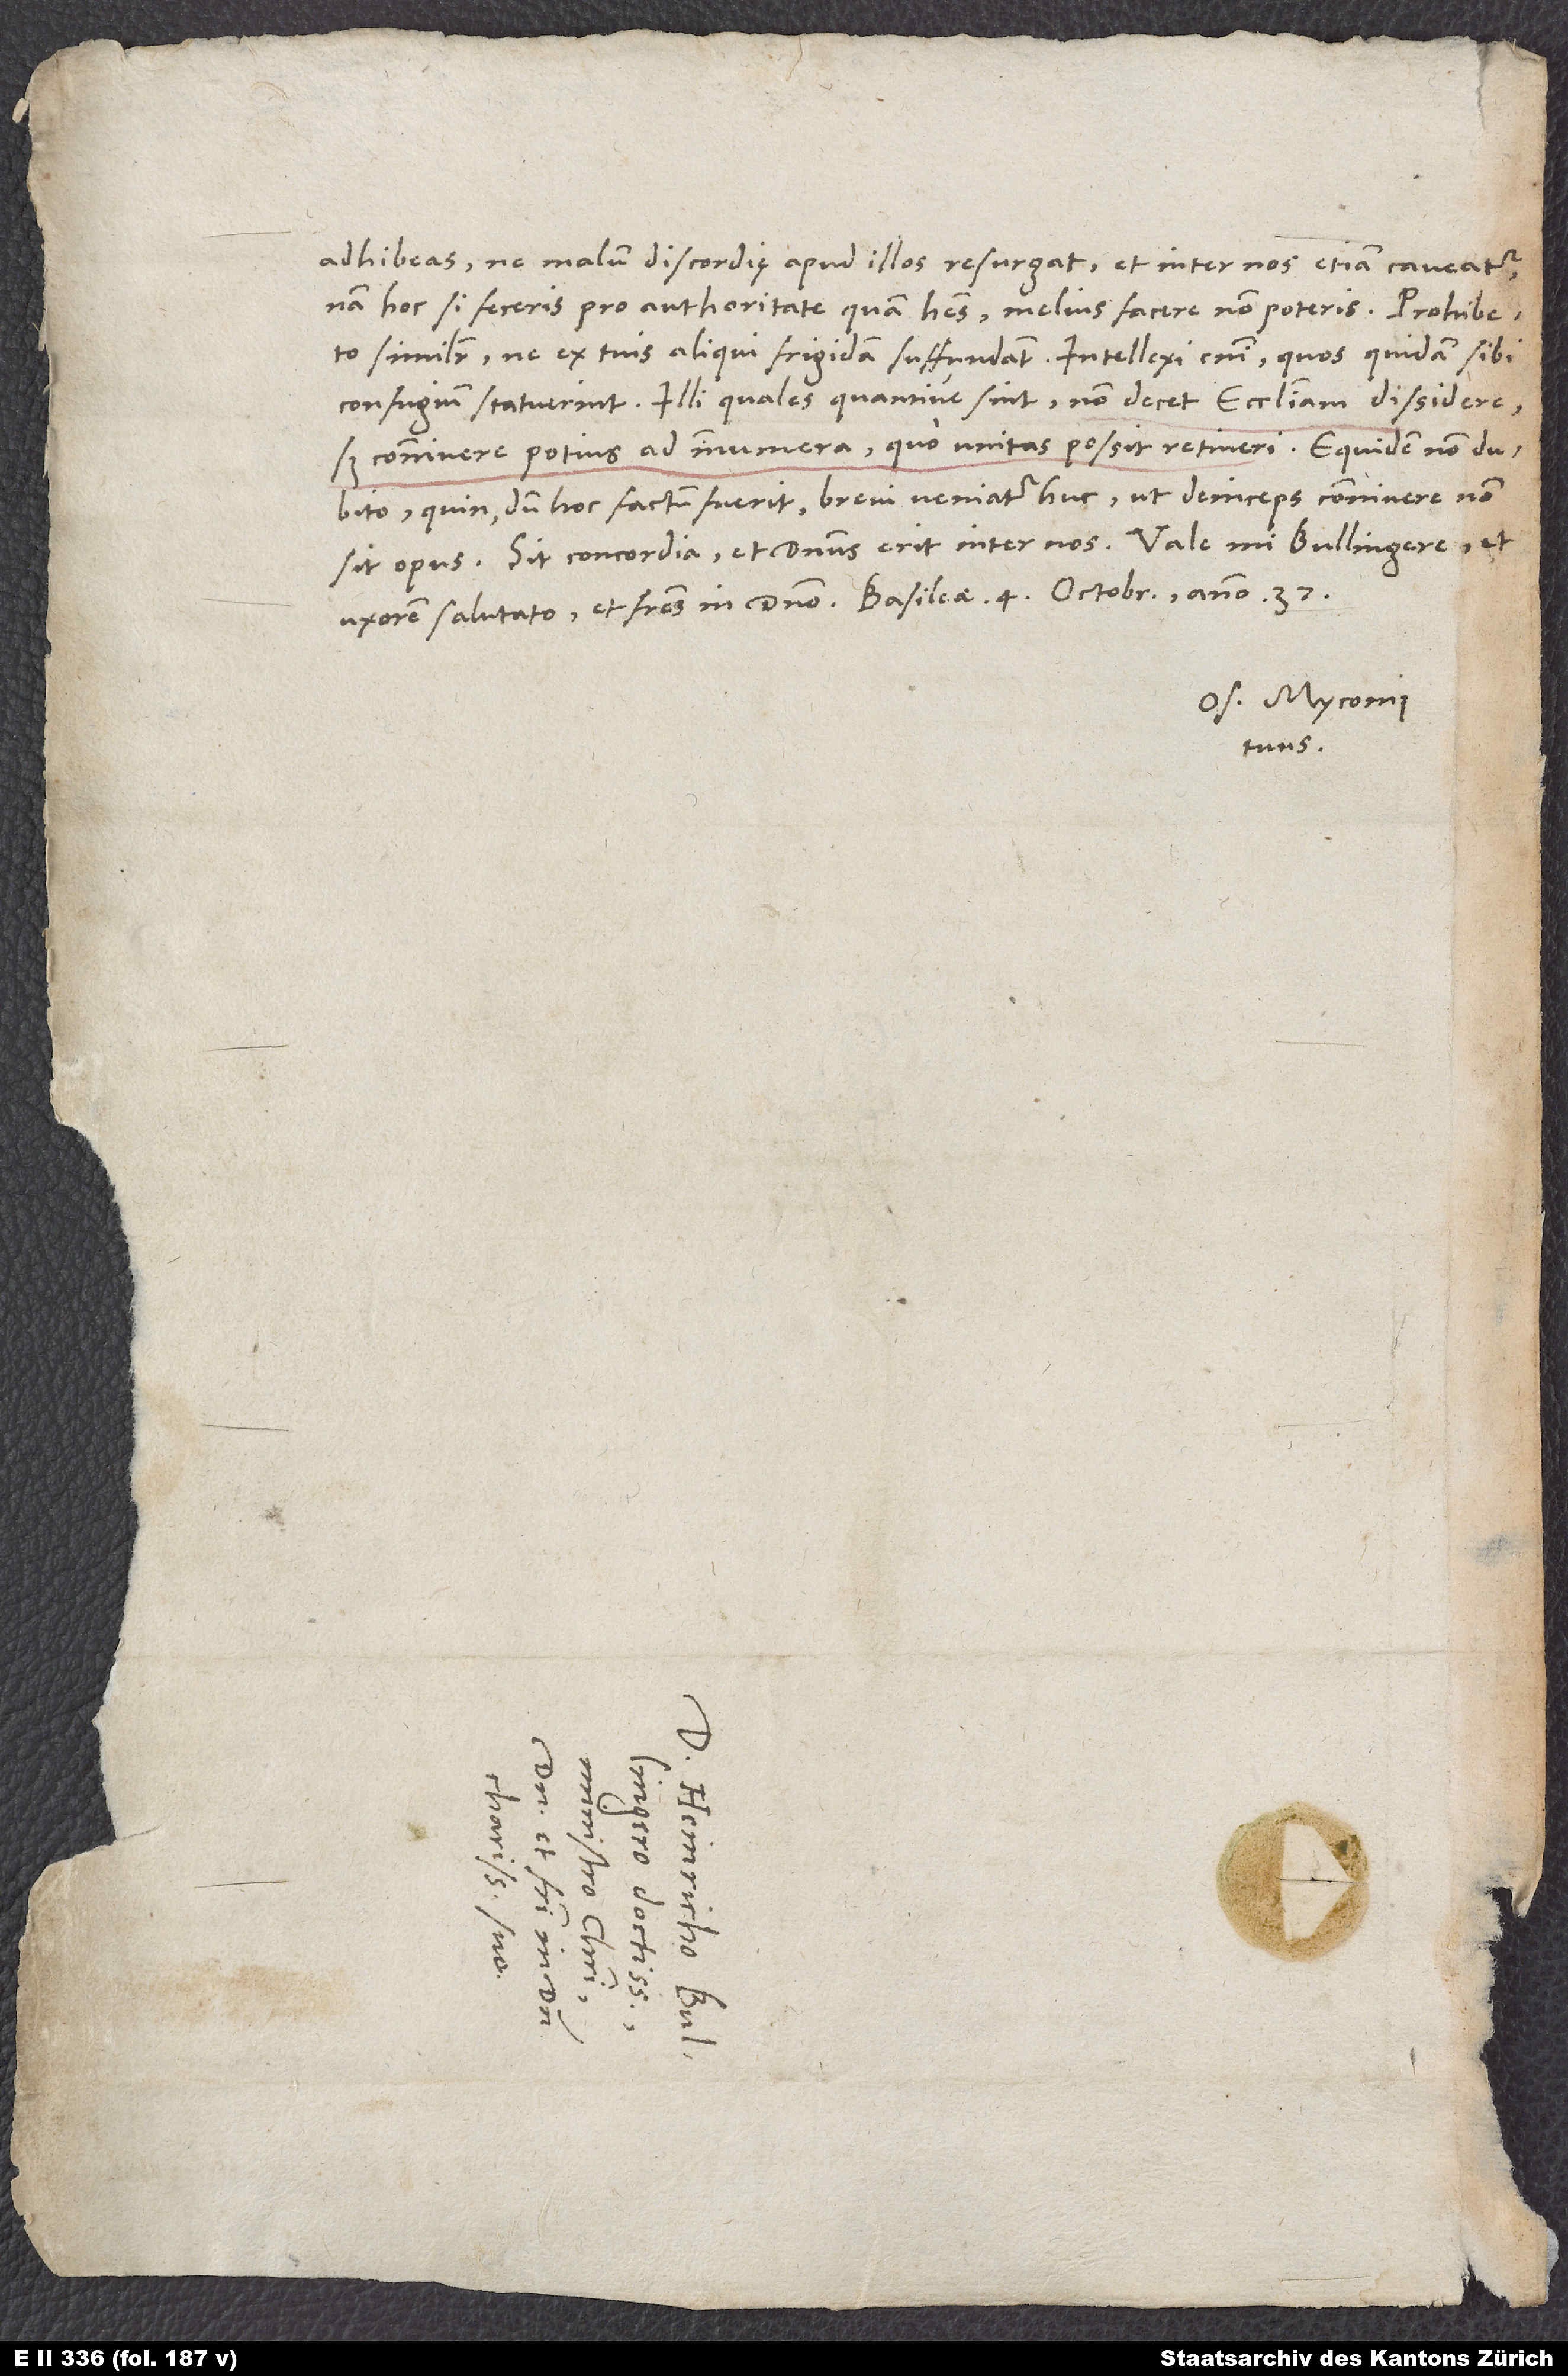
adhibeas, ne malum discordię apud illos resurgat et inter nos etiam caveatur;
nam hoc si feceris pro authoritate, quam habes, melius facere non poteris. Prohibeto
similiter, ne ex tuis aliqui frigidam suffundant. Intellexi enim, quos quidam sibi
confugium statuerint. Illi quales quantive sint, non decet ecclesiam dissidere,
sed connivere potius ad innumera, quo unitas possit retineri. Equidem non dubito,
quin, dum hoc factum fuerit, brevi veniatur huc, ut deinceps connivere non
Os. Myconius
tuus.
S.